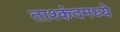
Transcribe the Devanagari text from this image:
ताश्कंदमध्ये